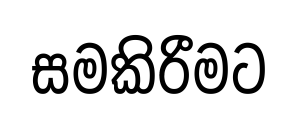
සමකිරීමට